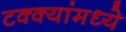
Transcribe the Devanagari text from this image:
टक्‍क्‍यांमध्ये